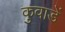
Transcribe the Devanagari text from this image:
कुवाडें